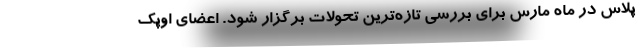
پلاس در ماه مارس برای بررسی تازه‌ترین تحولات برگزار شود. اعضای اوپک